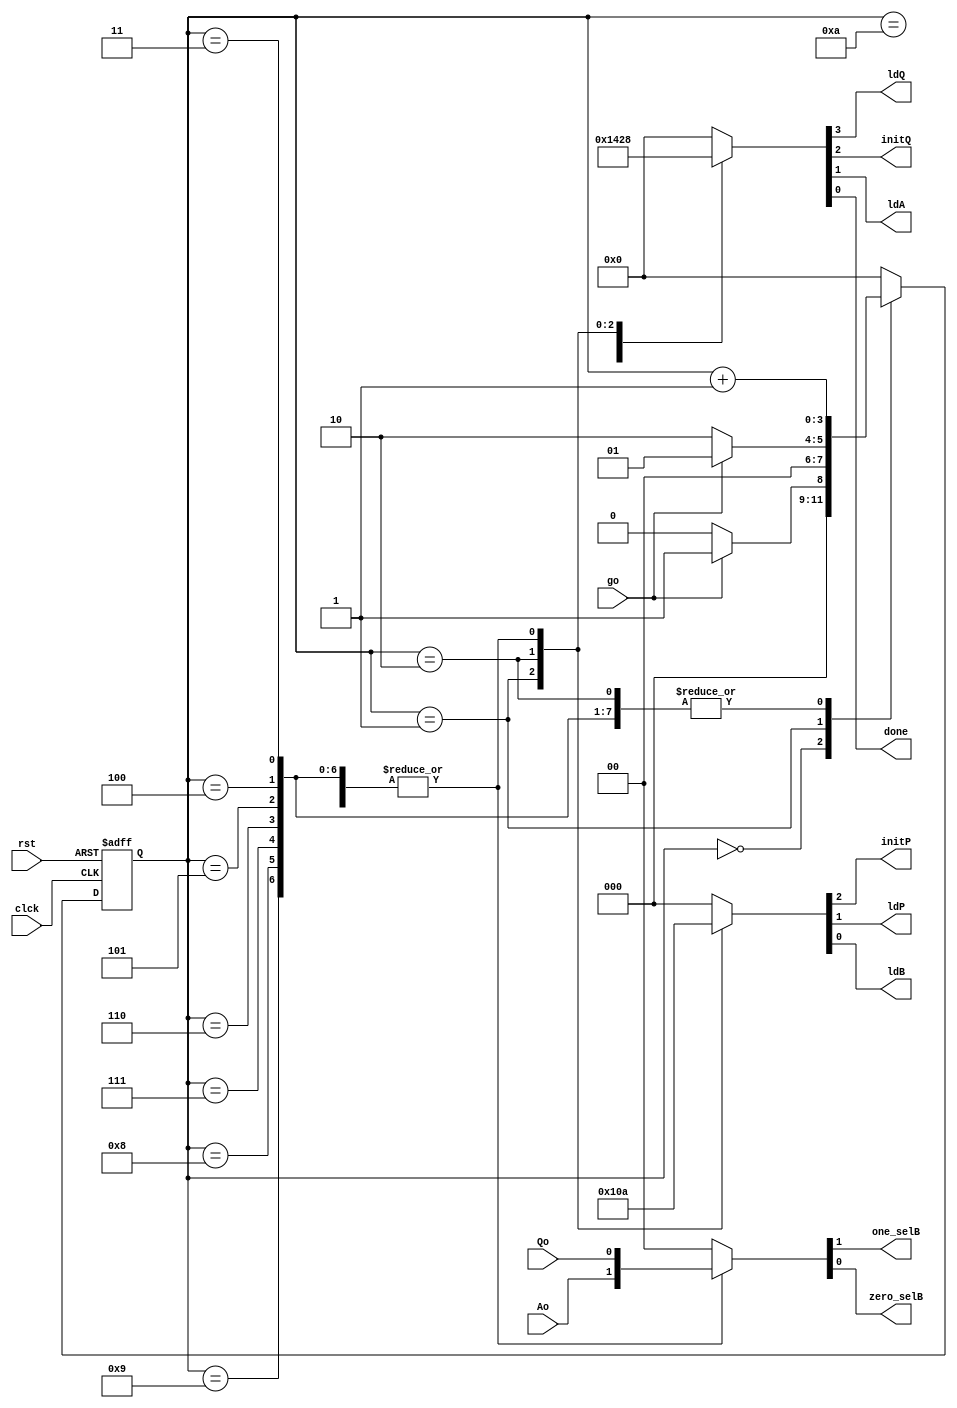
module controller(input go,Ao,Qo,input clck,rst,output initP,ldP,ldB,ldQ,initQ,ldA,done,output one_selB,zero_selB);
  reg[8:0]outs;
  assign {initP,ldP,ldB,one_selB,zero_selB,ldQ,initQ,ldA,done}=outs;
  reg[3:0]ps,ns;
  always @(ps,go,Ao,Qo) begin
    ns=4'b0;
    case(ps)
      0: if (go==0) ns=0; else ns=1;
      1: if(go==1) ns=1; else ns=2;
      2,3,4,5,6,7,8,9:ns=ps+1;
      10:ns=0;
      default ns=0;
    endcase
  end
  always @(ps,Ao,Qo,go) begin
    outs=9'b0;
    case(ps)
      0:outs=9'b000000001;
      1:outs=9'b100000100;
      2:outs=9'b001000010;
      3,4,5,6,7,8,9,10:begin outs[8:6]=3'b010;
      outs[5:4]={Ao,Qo};
      outs[3:0]=4'b1000;
    end
    endcase
  end
  always @ (posedge clck,posedge rst) begin
    if(rst) ps<=4'b0;
    else ps<=ns;
    end
    endmodule